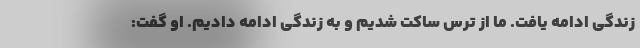
زندگی ادامه یافت. ما از ترس ساکت شدیم و به زندگی ادامه دادیم. او گفت: